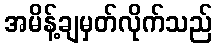
အမိန့်ချမှတ်လိုက်သည်